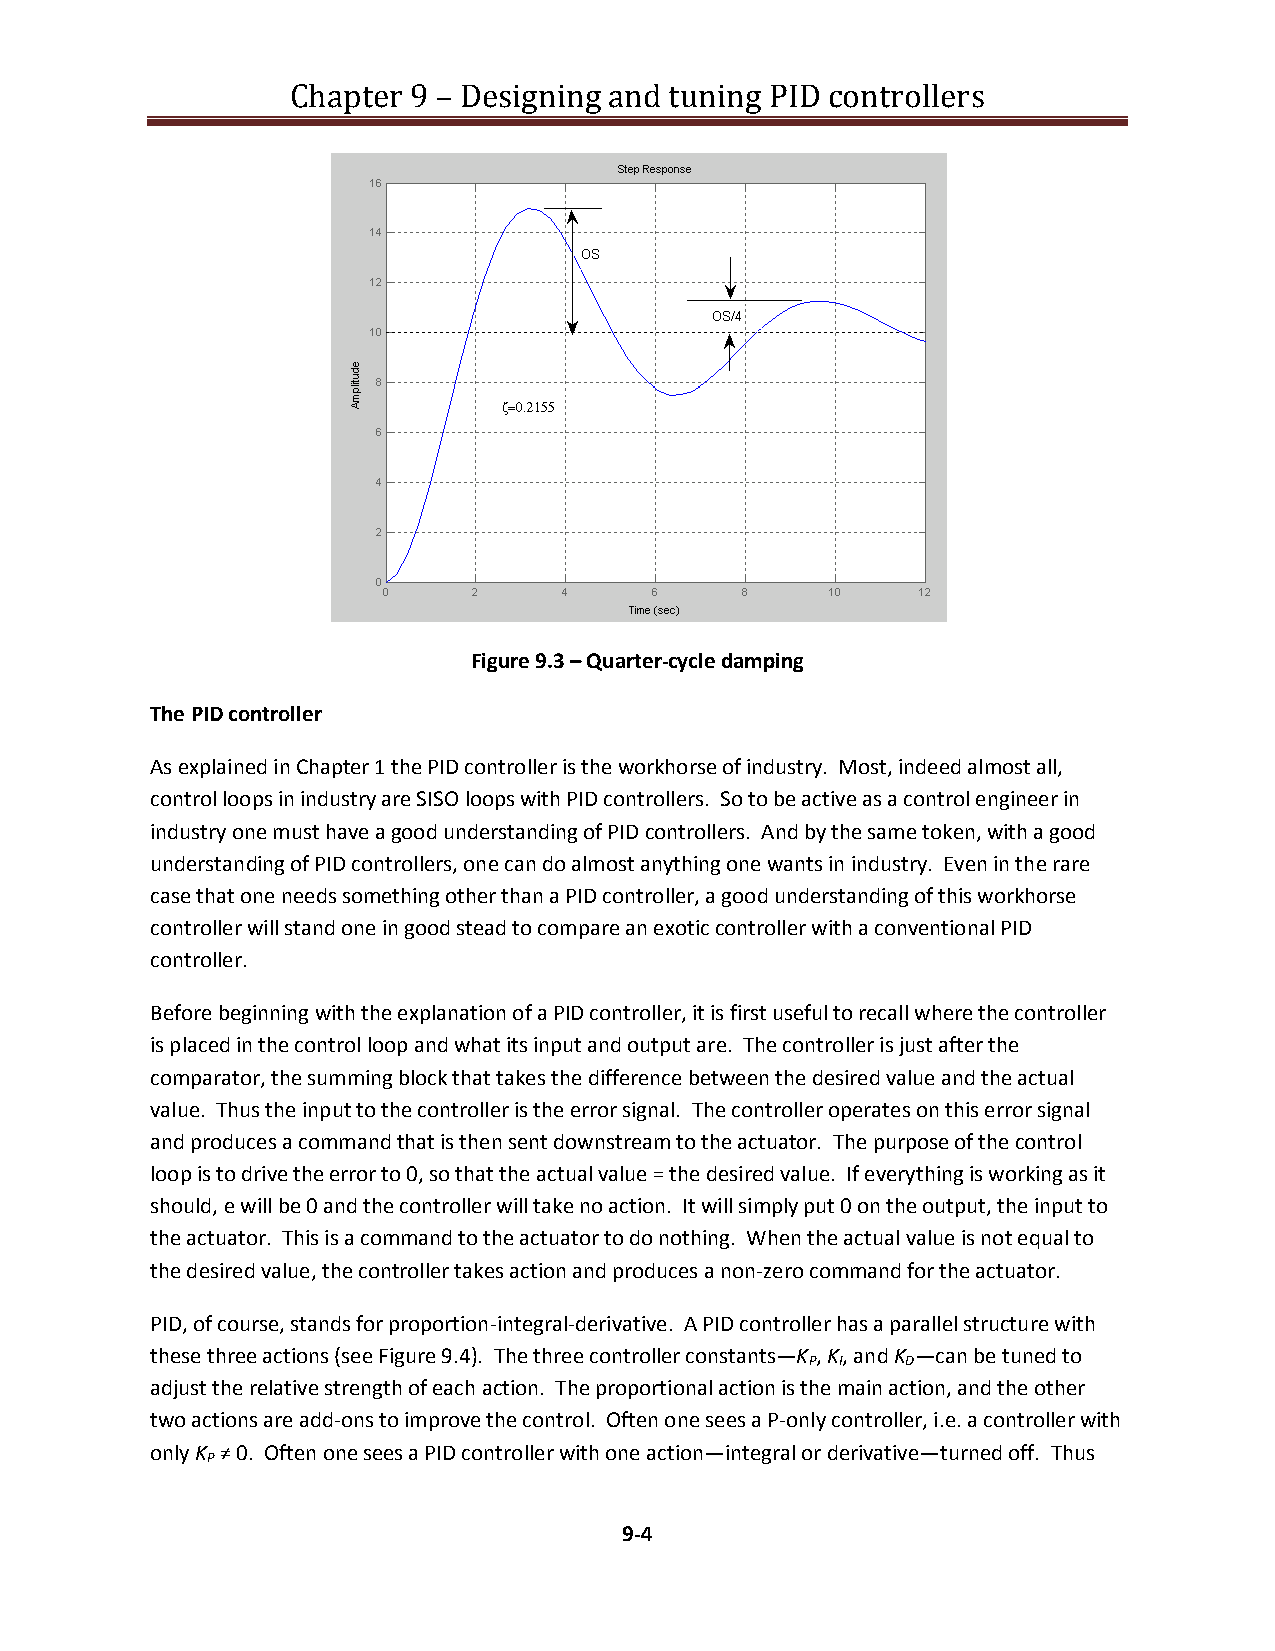
Chapter 9 – Designing and tuning PID controllers
 Figure 9.3 – Quarter-cycle damping
 The PID controller
 As explained in Chapter 1 the PID controller is the workhorse of industry. Most, indeed almost all,
 control loops in industry are SISO loops with PID controllers. So to be active as a control engineer in
 industry one must have a good understanding of PID controllers. And by the same token, with a good
 understanding of PID controllers, one can do almost anything one wants in industry. Even in the rare
 case that one needs something other than a PID controller, a good understanding of this workhorse
 controller will stand one in good stead to compare an exotic controller with a conventional PID
 controller.
 Before beginning with the explanation of a PID controller, it is first useful to recall where the controller
 is placed in the control loop and what its input and output are. The controller is just after the
 comparator, the summing block that takes the difference between the desired value and the actual
 value. Thus the input to the controller is the error signal. The controller operates on this error signal
 and produces a command that is then sent downstream to the actuator. The purpose of the control
 loop is to drive the error to 0, so that the actual value = the desired value. If everything is working as it
 should, e will be 0 and the controller will take no action. It will simply put 0 on the output, the input to
 the actuator. This is a command to the actuator to do nothing. When the actual value is not equal to
 the desired value, the controller takes action and produces a non-zero command for the actuator.
 PID, of course, stands for proportion-integral-derivative. A PID controller has a parallel structure with
 these three actions (see Figure 9.4). The three controller constants—K , K, and K —can be tuned to
 P I   D
 adjust the relative strength of each action. The proportional action is the main action, and the other
 two actions are add-ons to improve the control. Often one sees a P-only controller, i.e. a controller with
 only K ≠ 0. Often one sees a PID controller with one action—integral or derivative—turned off. Thus
 P
 9-4